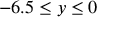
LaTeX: - 6 . 5 \leq y \leq 0